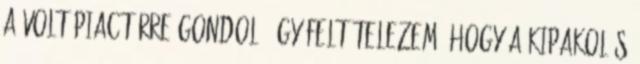
a volt piactérre gondol, úgy feltételezem, hogy a kipakolás